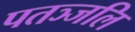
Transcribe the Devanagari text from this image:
पतञ्‍जलि